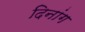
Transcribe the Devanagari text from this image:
दिनांग